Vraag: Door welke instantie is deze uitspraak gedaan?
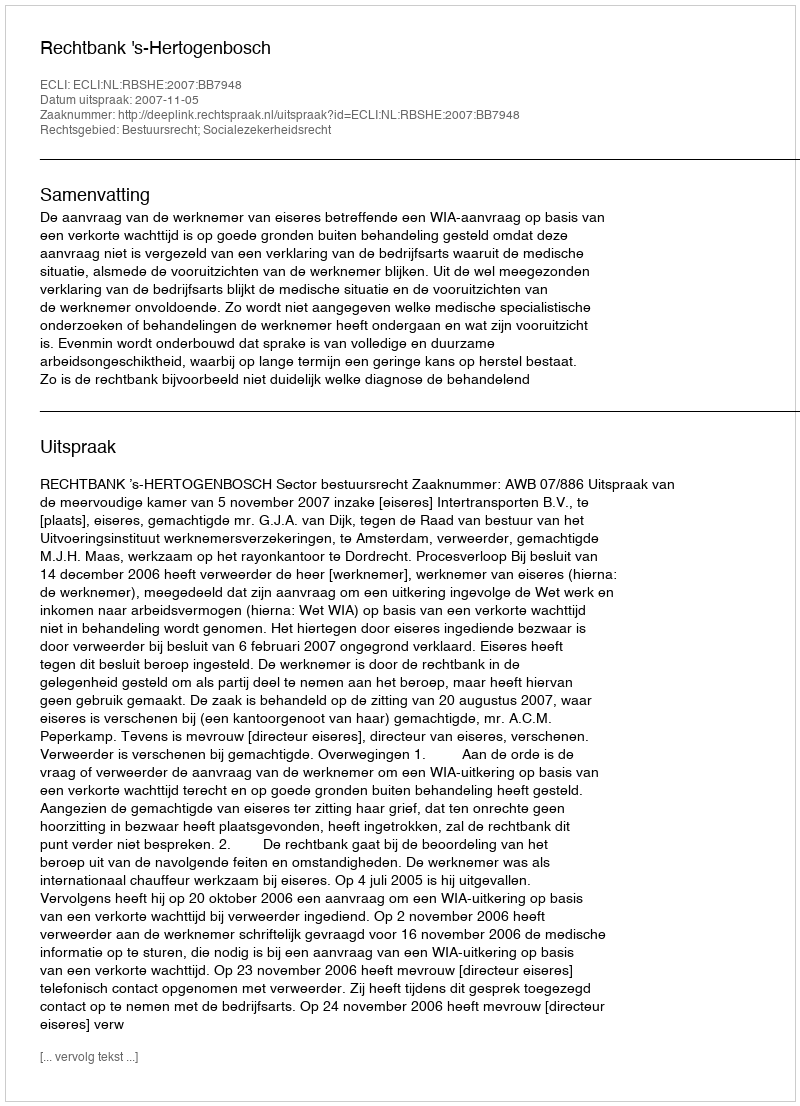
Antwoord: Rechtbank 's-Hertogenbosch